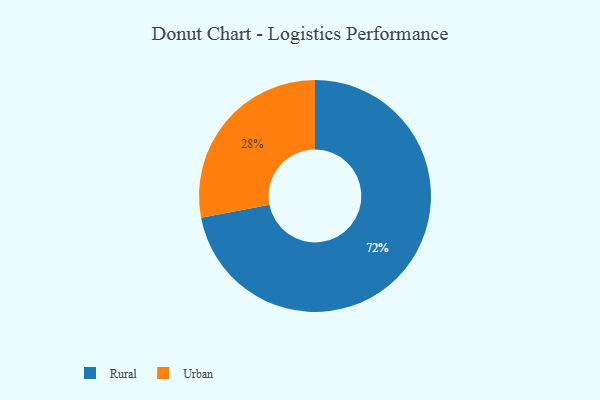
{"axis": {"x": "Category", "y": "Percentage"}, "legend": ["Rural", "Urban"], "data": [{"x": "Urban", "y": 28, "type": "Urban"}, {"x": "Rural", "y": 72, "type": "Rural"}]}